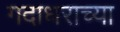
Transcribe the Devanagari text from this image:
गदाधराच्या